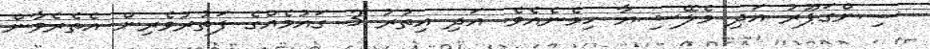
ސިންގަޕޫރު އަދި މެލޭޝިޔާ ހިމެނެއެވެ. އަދި އިތުރު 3 ގައުމެއްގެ ފަތުރުވެރިން އެތެރެވާން